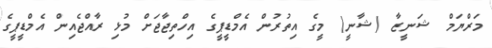
މަރްޔަމް ޝަނީޒާ (ޝާނީ) މީގެ އިތުރުން އެމްޑީޕީގެ އިހްތިޖާޖަށް މުޅި ރާއްޖެއިން އެމްޑީޕީގެ